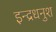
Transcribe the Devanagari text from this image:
इन्द्रधनुश